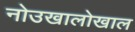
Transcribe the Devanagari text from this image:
नोउखालोखाल